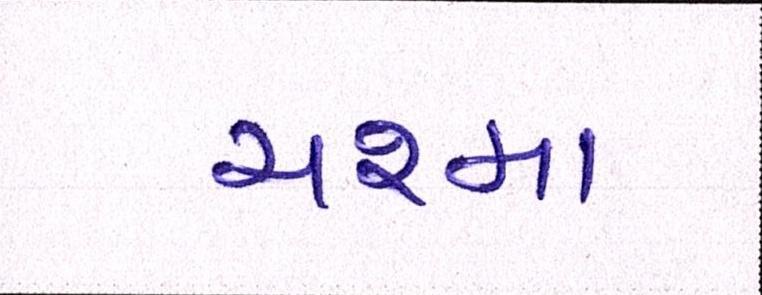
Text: ચશ્મા